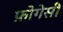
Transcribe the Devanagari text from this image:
फ़ोगेसी